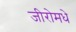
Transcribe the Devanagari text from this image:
जीरोमधे